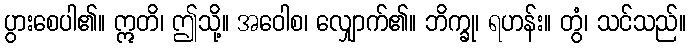
ပွားစေပါ၏။ ဣတိ၊ ဤသို့။ အဝေါစ၊ လျှောက်၏။ ဘိက္ခု၊ ရဟန်း။ တွံ၊ သင်သည်။